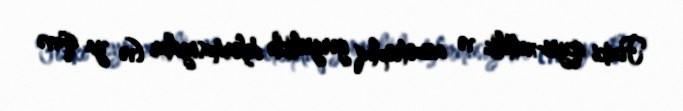
Fiziki qeyri-xəttilik və anizotropluq gərginliklə deformasiyalar (və ya qüvvə